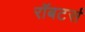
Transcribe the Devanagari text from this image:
रॉबटर्स